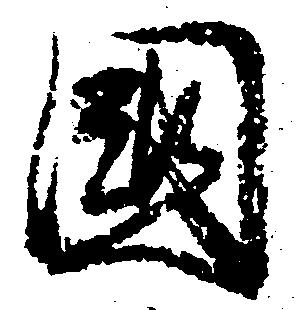
国